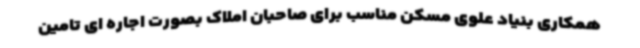
همکاری بنیاد علوی مسکن مناسب برای صاحبان املاک بصورت اجاره ای تامین